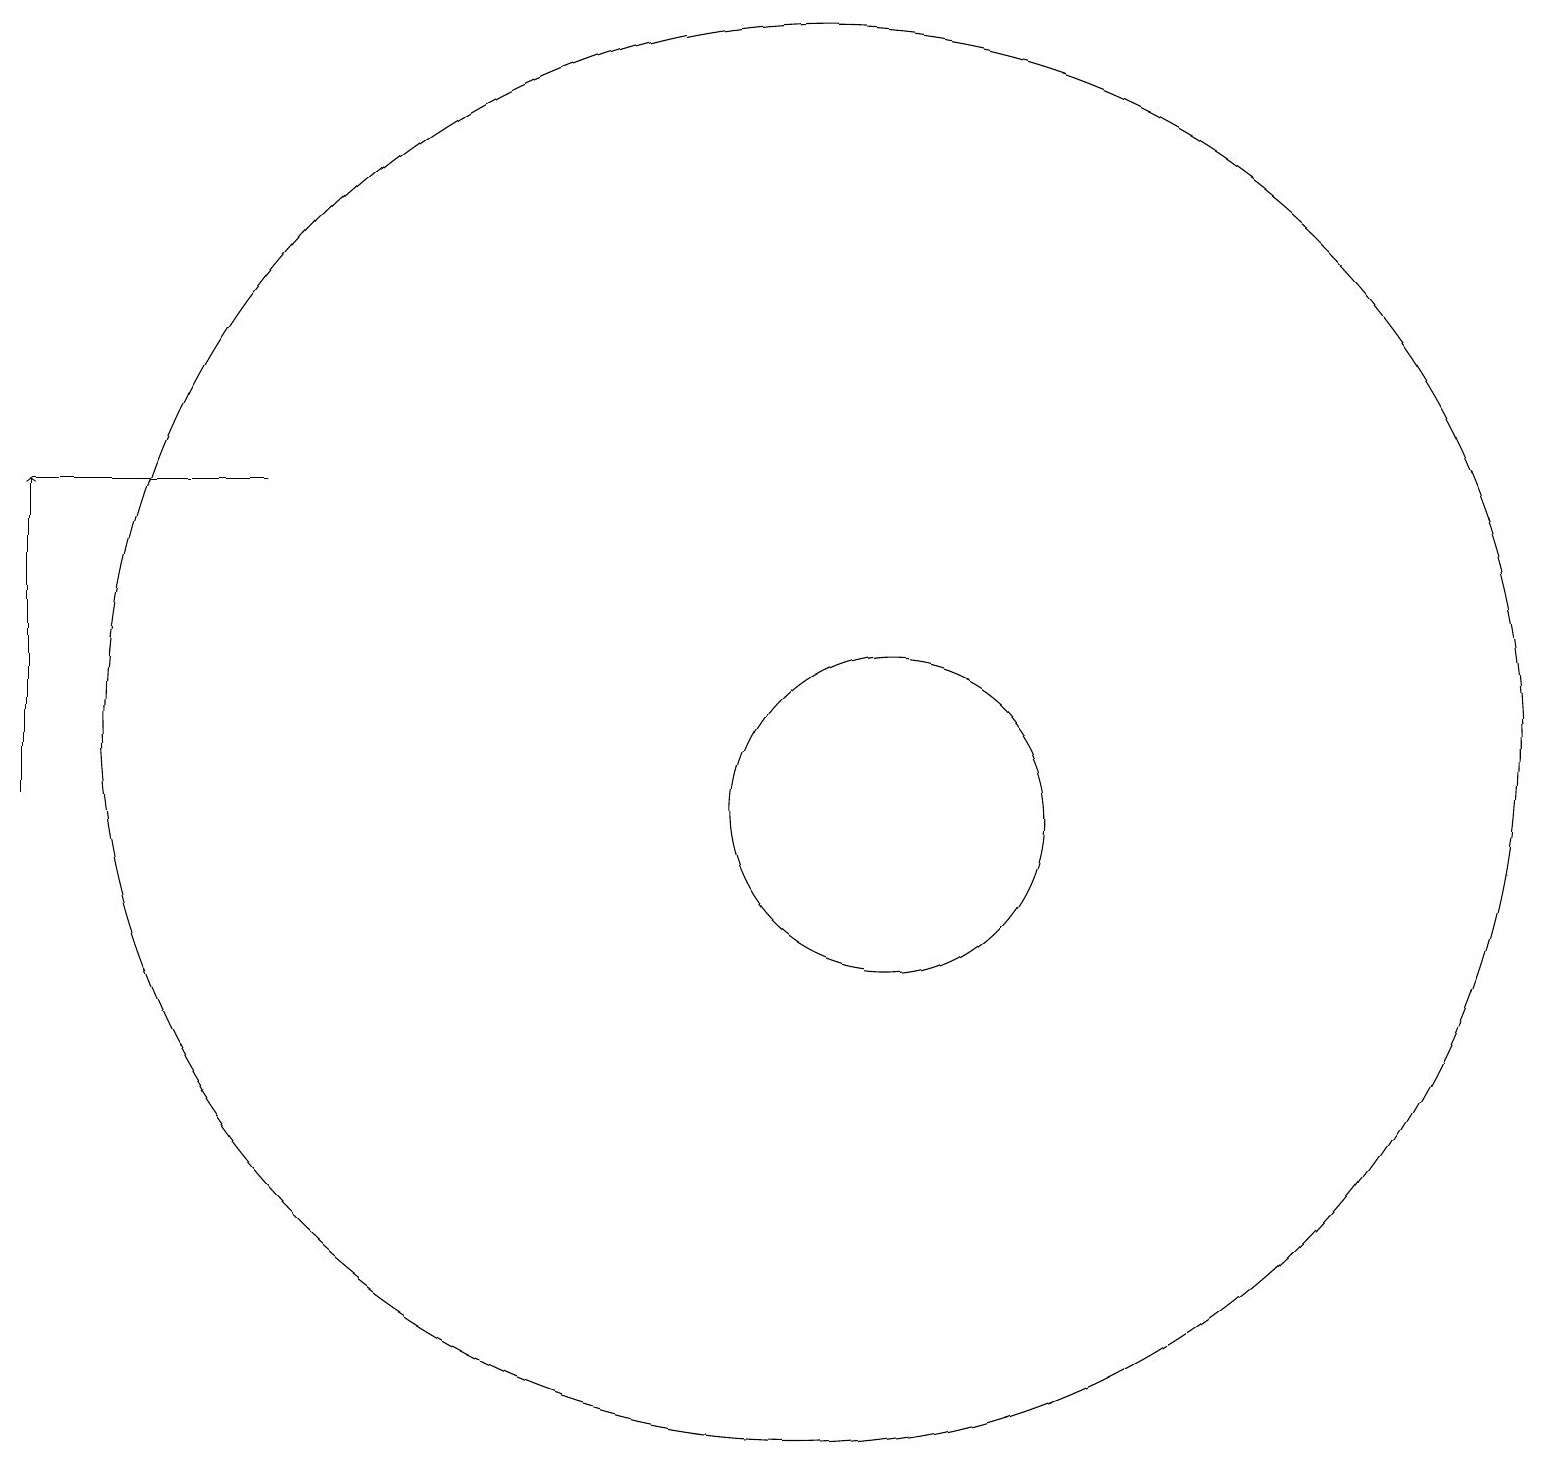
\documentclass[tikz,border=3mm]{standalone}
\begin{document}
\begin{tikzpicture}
\draw (10,11) circle (9);
\draw (3,14) rectangle (0,14);
\draw (11,10) circle (2);
\draw[->] (0,10) -- (0,14);
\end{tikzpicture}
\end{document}